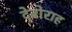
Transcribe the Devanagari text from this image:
देबोराह